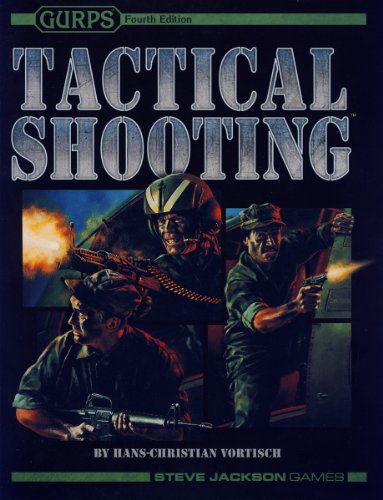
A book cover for GURPS Tactical Shooting; Hans-Christian Vortisch; Science Fiction & Fantasy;